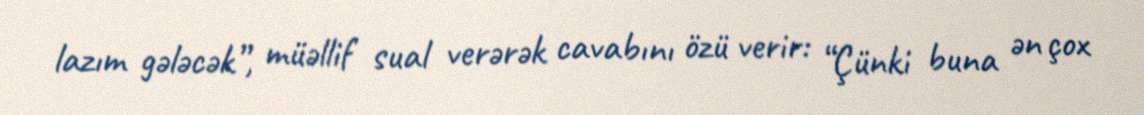
lazım gələcək”, müəllif sual verərək cavabını özü verir: “Çünki buna ən çox